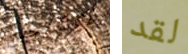
الاوكسجين لقد